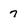
Character: 7